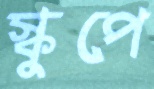
স্কুপে